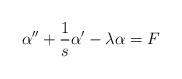
LaTeX: \begin{align*} \alpha'' + \frac{1}{s}\alpha' - \lambda\alpha = F\end{align*}